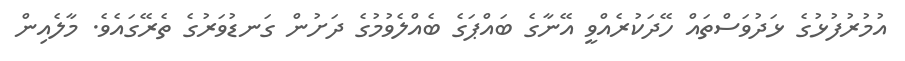
އުމުރުފުޅުގެ ޅަދުވަސްތައް ހޭދަކުރެއްވީ އޭނާގެ ބައްޕަގެ ބެއްލެވުމުގެ ދަށުން ގަނޑުވަރުގެ ތެރޭގައެވެ. މާލެއިން